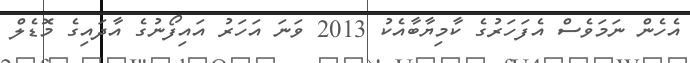
އެހެން ނަމަވެސް އެފަހަރުގެ ކާމިޔާބާއެކު 2013 ވަނަ އަހަރު އައިފޯނުގެ އާދައިގެ މޮޑެލް